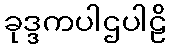
ခုဒ္ဒကပါဌပါဠိ